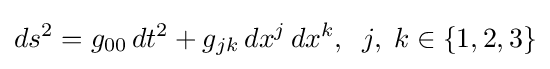
ds^{2}=g_{00}\,dt^{2}+g_{jk}\,dx^{j}\,dx^{k},\;\;j,\;k\in \{1,2,3\}